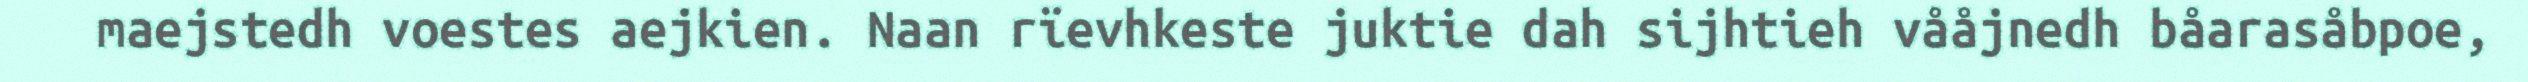
maejstedh voestes aejkien. Naan rïevhkeste juktie dah sijhtieh vååjnedh båarasåbpoe,